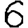
Digit: 6